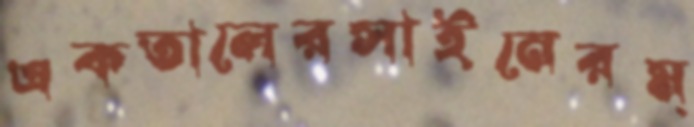
একতালেরসাইনেরম্